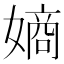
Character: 𫱨